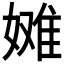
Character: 𫱞